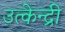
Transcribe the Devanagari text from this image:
उत्केन्द्री